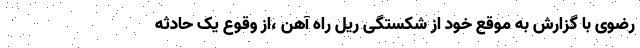
رضوی با گزارش به موقع خود از شکستگی ریل راه آهن ،از وقوع یک حادثه